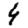
Digit: 4